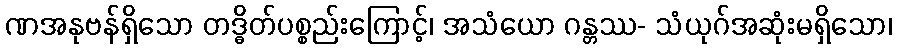
ဏအနုဗန်ရှိသော တဒ္ဓိတ်ပစ္စည်းကြောင့်၊ အသံယော ဂန္တဿ- သံယုဂ်အဆုံးမရှိသော၊